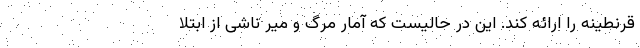
قرنطینه را ارائه کند. این در حالیست که آمار مرگ و میر ناشی از ابتلا